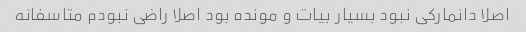
اصلا دانمارکی نبود بسیار بیات و مونده بود اصلا راضی نبودم متاسفانه